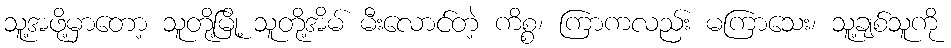
သူ့အဖို့မှာတော့ သူတို့မြို့ သူတို့အိမ် မီးလောင်တဲ့ ကိစ္စ၊ ကြာကလည်း မကြာသေး၊ သူ့ချစ်သူကို